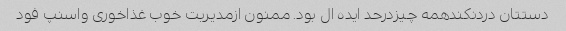
دستتان دردنکندهمه چیزدرحد ایده ال بود. ممنون ازمدیریت خوب غذاخوری واسنپ فود